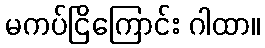
မကပ်ငြိကြောင်း ဂါထာ။